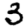
Digit: 3